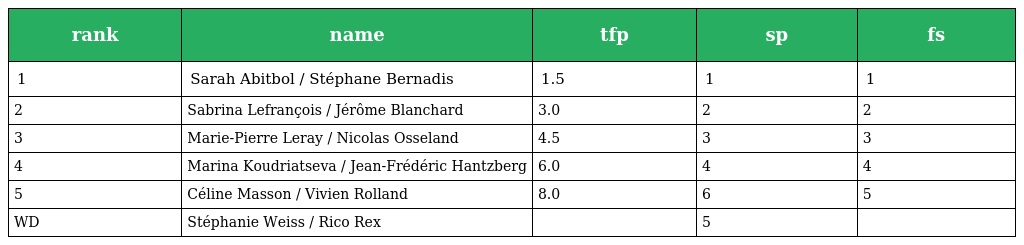
| rank | name | tfp | sp | fs |
 | --- | --- | --- | --- | --- |
 | 1 | Sarah Abitbol / Stéphane Bernadis | 1.5 | 1 | 1 |
 | 2 | Sabrina Lefrançois / Jérôme Blanchard | 3.0 | 2 | 2 |
 | 3 | Marie-Pierre Leray / Nicolas Osseland | 4.5 | 3 | 3 |
 | 4 | Marina Koudriatseva / Jean-Frédéric Hantzberg | 6.0 | 4 | 4 |
 | 5 | Céline Masson / Vivien Rolland | 8.0 | 6 | 5 |
 | WD | Stéphanie Weiss / Rico Rex |  | 5 |  |